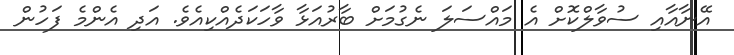
އޭނާއާއި ސުވާލްކޮށް އެ މައްސަލަ ނެގުމަށް ބާރުއަޅާ ވާހަކަދެއްކިއެވެ. އަދި އެންމެ ފަހުން